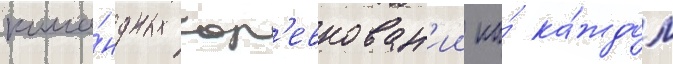
кома́ндных сор'евнован'ии на́ ка́ждом